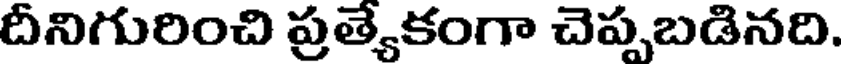
దీనిగురించి ప్రత్యేకంగా చెప్పబడినది.